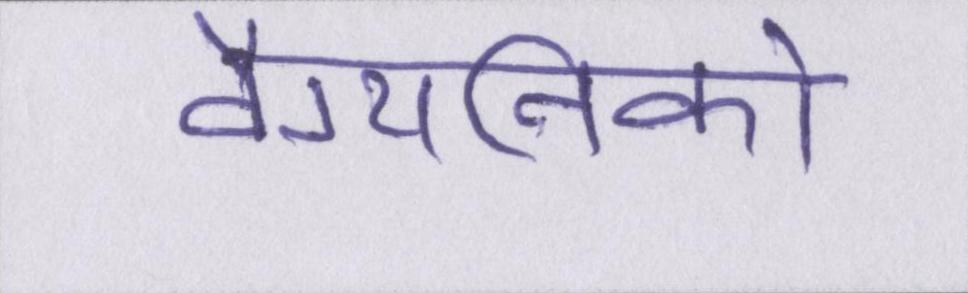
वैग्यनिको